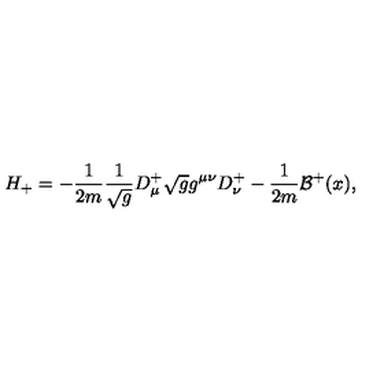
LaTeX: H _ { + } = - \frac { 1 } { 2 m } \frac { 1 } { \sqrt { g } } D _ { \mu } ^ { + } \sqrt { g } g ^ { \mu \nu } D _ { \nu } ^ { + } - \frac { 1 } { 2 m } { \mathcal { B } } ^ { + } ( x ) ,